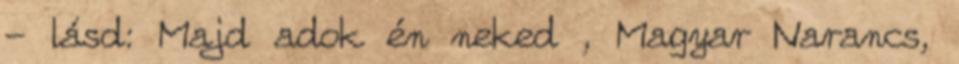
- lásd: Majd adok én neked , Magyar Narancs,